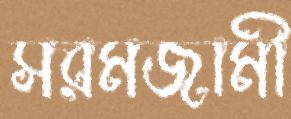
সরমজামী